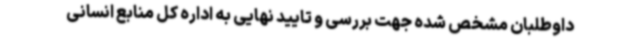
داوطلبان مشخص شده جهت بررسی و تایید نهایی به اداره کل منابع انسانی